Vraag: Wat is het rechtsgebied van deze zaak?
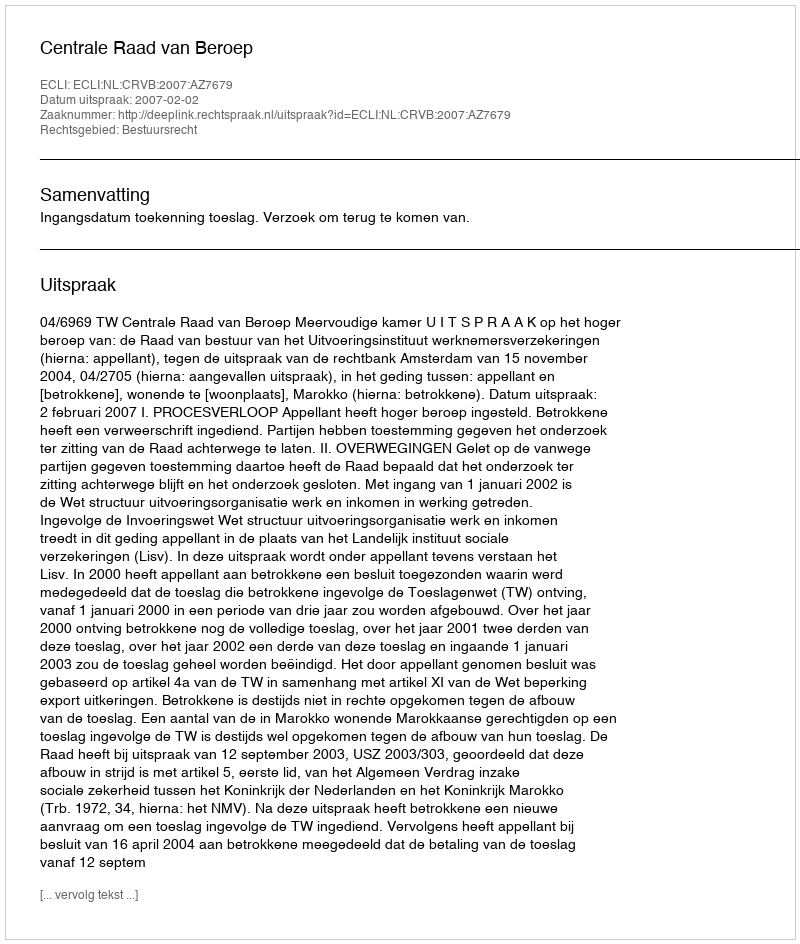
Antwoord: Bestuursrecht